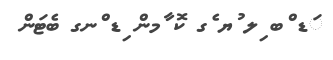
ަޑ ްބ ިލ ުޔ ެގ ކޮ ާމން ިޑ ްނގ ބެޓަން